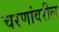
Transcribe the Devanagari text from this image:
चरणांवरील